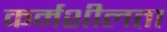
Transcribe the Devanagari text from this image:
कर्मशीलता